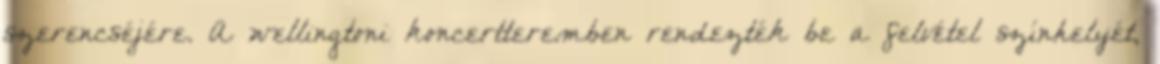
szerencséjére. A wellingtoni koncertteremben rendezték be a felvétel színhelyét,